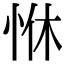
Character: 恘